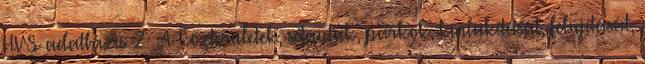
HVS adatbázis 2 ▪„A közterületek, sétautak, parkok, kialakítását, felújítását,